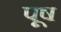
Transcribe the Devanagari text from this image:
पूष